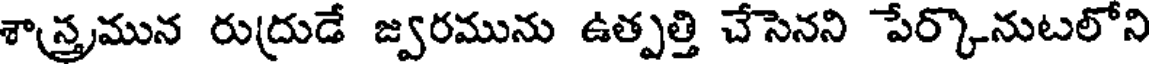
శాస్త్రమున రుద్రుడే జ్వరమును ఉత్పత్తి చేసెనని పేర్కొనుటలోని